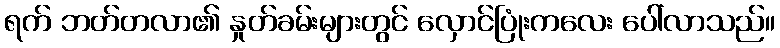
ရက် ဘတ်တလာ၏ နှုတ်ခမ်းများတွင် လှောင်ပြုံးကလေး ပေါ်လာသည်။